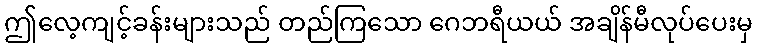
ဤလေ့ကျင့်ခန်းများသည် တည်ကြသော ဂေဘရီယယ် အချိန်မီလုပ်ပေးမှ